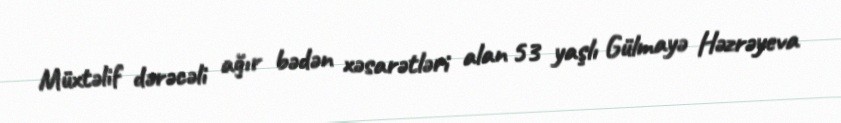
Müxtəlif dərəcəli ağır bədən xəsarətləri alan 53 yaşlı Gülmayə Həzrəyeva